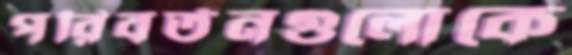
পরিবর্তনগুলোকে